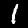
Digit: 1